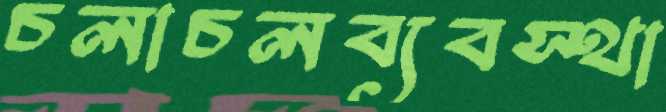
চলাচলব্যবস্থা